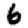
Digit: 6